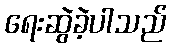
ရေးဆွဲခဲ့ပါသည်